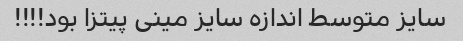
سایز متوسط اندازه سایز مینى پیتزا بود!!!!